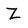
Character: Z